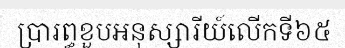
ប្រារព្ធខួបអនុស្សារីយ៍លើកទី៦៥